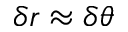
\delta r \approx \delta \theta